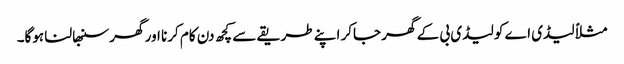
مثلاً لیڈی اے کو لیڈی بی کے گھر جاکر اپنے طریقے سے کچھ دن کام کرنا اور گھر سنبھالنا ہوگا۔